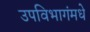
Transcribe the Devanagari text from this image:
उपविभागंमधे